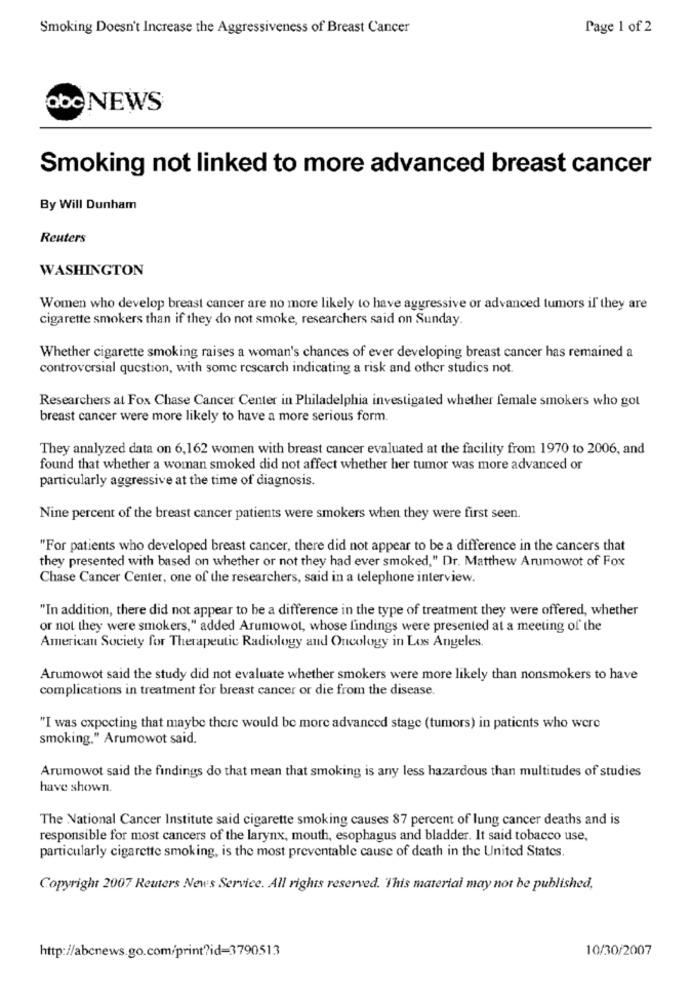
Smoking Doesn't Increase the Aggressiveness of Breast Cancer
Page 1 of 2
abc NEWS
Smoking not linked to more advanced breast cancer
By Will Dunham
Reuters
WASHINGTON
Women who develop breast cancer are no more likely to have aggressive or advanced tumors if they are
cigarette smokers than if they do not smoke, researchers said on Sunday.
Whether cigarette smoking raises a woman's chances of ever developing breast cancer has remained a
controversial question, with some rescarch indicating a risk and other studies not.
Researchers at Fox Chase Cancer Center in Philadelphia investigated whether female smokers who got
breast cancer were more likely to have a more serious form.
They analyzed data on 6,162 women with breast cancer evaluated at the facility from 1970 to 2006, and
found that whether a woman smoked did not affect whether her tumor was more advanced or
particularly aggressive at the time of diagnosis.
Nine percent of the breast cancer patients were smokers when they were first seen.
"For patients who developed breast cancer, there did not appear to be a difference in the cancers that
they presented with based on whether or not they had ever smoked," Dr. Matthew Arumowot of Fox
Chase Cancer Center, one of the researchers, said in a telephone interview.
"In addition, there did not appear to be a difference in the type of treatment they were offered, whether
or not they were smokers," added Arumowot, whose findings were presented at a meeting of the
American Society for Therapeutic Radiology and Oncology in Los Angeles.
Arumowot said the study did not evaluate whether smokers were more likely than nonsmokers to have
complications in treatment for breast cancer or die from the disease.
"I was expecting that maybe there would be more advanced stage (tumors) in patients who were
smoking." Arumowot said.
Arumowot said the findings do that mean that smoking is any less hazardous than multitudes of studies
have shown.
The National Cancer Institute said cigarette smoking causes 87 percent of lung cancer deaths and is
responsible for most cancers of the larynx, mouth, esophagus and bladder. It said tobacco use,
particularly cigarette smoking, is the most preventable cause of death in the United States.
Copyright 2007 Reuters News Service. All rights reserved. This material may not be published,
http://abcnews.go.com/print?id=3790513
10/30/2007